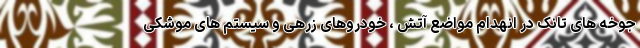
جوخه های تانک در انهدام مواضع آتش ، خودروهای زرهی و سیستم های موشکی